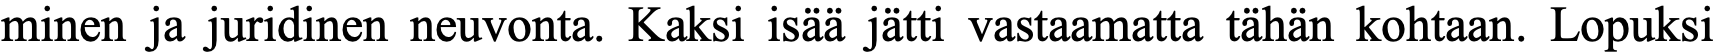
minen ja juridinen neuvonta. Kaksi isää jätti vastaamatta tähän kohtaan. Lopuksi